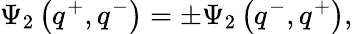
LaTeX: \Psi_{2}\left(q^{+},q^{-}\right)=\pm\Psi_{2}\left(q^{-},q^{+}\right),